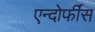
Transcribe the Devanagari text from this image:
एन्दोर्फींस